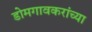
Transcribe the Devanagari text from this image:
डोमगावकरांच्या